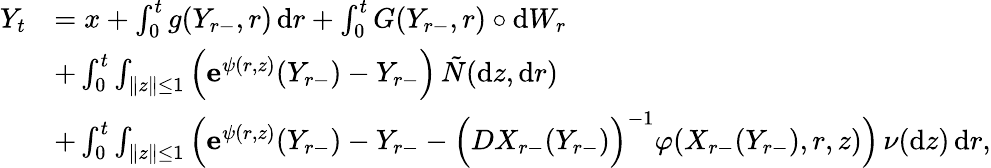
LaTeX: \begin{array}{rl}{Y_{t}}&{=x+\int_{0}^{t}g(Y_{r-},r)\, \mathrm{d}r+\int_{0}^{t}G(Y_{r-},r)\circ\mathrm{d}W_{r}}\\ &{+\int_{0}^{t}\int_{\| z\| \leq 1}\Big(\mathbf{e}^{\psi(r,z)}(Y_{r-})-Y_{r-}\Big)\, \tilde{N}(\mathrm{d}z,\mathrm{d}r)}\\ &{+\int_{0}^{t}\int_{\| z\| \leq 1}\Big(\mathbf{e}^{\psi(r,z)}(Y_{r-})-Y_{r-}-\Big(DX_{r-}(Y_{r-})\Big)^{-1}\varphi(X_{r-}(Y_{r-}),r,z)\Big)\, \nu(\mathrm{d}z)\, \mathrm{d}r,}\end{array}